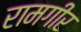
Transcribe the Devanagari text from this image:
रामगीर